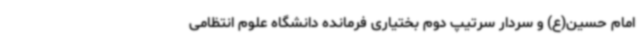
امام حسین(ع) و سردار سرتیپ دوم بختیاری فرمانده دانشگاه علوم انتظامی